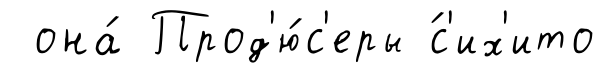
она́ Прод'ю́с'еры ́с'их'ито